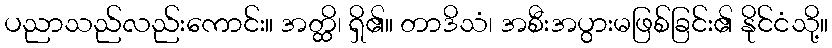
ပညာသည်လည်းကောင်း။ အတ္ထိ၊ ရှိ၏။ တာဒိသံ၊ အစီးအပွားမဖြစ်ခြင်း၏ နိုင်ငံသို့။